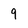
Character: 9